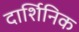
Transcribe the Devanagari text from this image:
दार्शिनिक